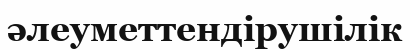
әлеуметтендірушілік